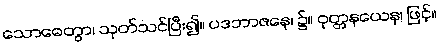
သောဓေတွာ၊ သုတ်သင်ပြီး၍။ ပဒဘာဇနေ၊ ၌။ ဝုတ္တနယေန၊ ဖြင့်။